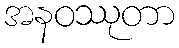
အနဝဿုတာ